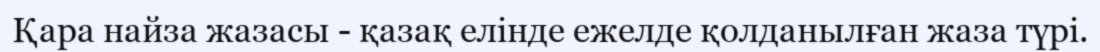
Қара найза жазасы - қазақ елінде ежелде қолданылған жаза түрі.